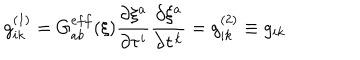
LaTeX: g _ { i k } ^ { ( 1 ) } = G _ { a b } ^ { e f f } ( \xi ) \frac { \partial \xi ^ { a } } { \partial \tau ^ { i } } \frac { \partial \xi ^ { a } } { \partial \tau ^ { k } } = g _ { i k } ^ { ( 2 ) } \equiv g _ { i k }